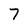
Character: 7